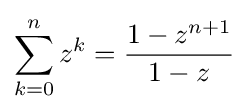
\sum _{k=0}^{n}z^{k}={\frac {1-z^{n+1}}{1-z}}